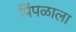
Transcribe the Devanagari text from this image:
पिंपळाला